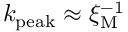
k _ { \mathrm { p e a k } } \approx \xi _ { \mathrm { M } } ^ { - 1 }